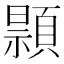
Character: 𫖢